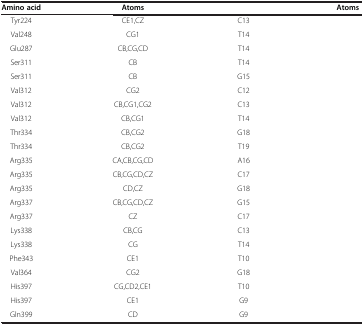
<table><thead><tr><td><b>Amino acid</b></td><td><b>Atoms</b></td><td>[EMPTY_CELL]</td><td><b>Atoms</b></td></tr></thead><tbody><tr><td>Tyr224</td><td>CE1,CZ</td><td>C13</td><td>[EMPTY_CELL]</td></tr><tr><td>Val248</td><td>CG1</td><td>T14</td><td>[EMPTY_CELL]</td></tr><tr><td>Glu287</td><td>CB,CG,CD</td><td>T14</td><td>[EMPTY_CELL]</td></tr><tr><td>Ser311</td><td>CB</td><td>T14</td><td>[EMPTY_CELL]</td></tr><tr><td>Ser311</td><td>CB</td><td>G15</td><td>[EMPTY_CELL]</td></tr><tr><td>Val312</td><td>CG2</td><td>C12</td><td>[EMPTY_CELL]</td></tr><tr><td>Val312</td><td>CB,CG1,CG2</td><td>C13</td><td>[EMPTY_CELL]</td></tr><tr><td>Val312</td><td>CB,CG1</td><td>T14</td><td>[EMPTY_CELL]</td></tr><tr><td>Thr334</td><td>CB,CG2</td><td>G18</td><td>[EMPTY_CELL]</td></tr><tr><td>Thr334</td><td>CB,CG2</td><td>T19</td><td>[EMPTY_CELL]</td></tr><tr><td>Arg335</td><td>CA,CB,CG,CD</td><td>A16</td><td>[EMPTY_CELL]</td></tr><tr><td>Arg335</td><td>CB,CG,CD,CZ</td><td>C17</td><td>[EMPTY_CELL]</td></tr><tr><td>Arg335</td><td>CD,CZ</td><td>G18</td><td>[EMPTY_CELL]</td></tr><tr><td>Arg337</td><td>CB,CG,CD,CZ</td><td>G15</td><td>[EMPTY_CELL]</td></tr><tr><td>Arg337</td><td>CZ</td><td>C17</td><td>[EMPTY_CELL]</td></tr><tr><td>Lys338</td><td>CB,CG</td><td>C13</td><td>[EMPTY_CELL]</td></tr><tr><td>Lys338</td><td>CG</td><td>T14</td><td>[EMPTY_CELL]</td></tr><tr><td>Phe343</td><td>CE1</td><td>T10</td><td>[EMPTY_CELL]</td></tr><tr><td>Val364</td><td>CG2</td><td>G18</td><td>[EMPTY_CELL]</td></tr><tr><td>His397</td><td>CG,CD2,CE1</td><td>T10</td><td>[EMPTY_CELL]</td></tr><tr><td>His397</td><td>CE1</td><td>G9</td><td>[EMPTY_CELL]</td></tr><tr><td>Gln399</td><td>CD</td><td>G9</td><td>[EMPTY_CELL]</td></tr></tbody></table>